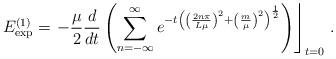
LaTeX: \begin{align*}E_{\exp }^{\left( 1\right) }=\left. -\frac \mu2\frac d{dt}\left( \sum_{n=-\infty }^\infty e^{-t\left( \left(\frac{2n\pi }{L\mu }\right) ^2+\left( \frac m\mu \right) ^2\right)^{\frac 12}}\right) \right\rfloor _{t=0}\,.\end{align*}